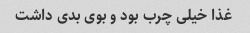
غذا خیلی چرب بود و بوی بدی داشت